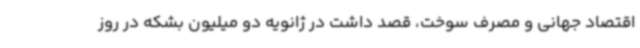
اقتصاد جهانی و مصرف سوخت، قصد داشت در ژانویه دو میلیون بشکه در روز